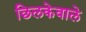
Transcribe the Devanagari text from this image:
छिलकेवाले